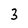
Character: 3